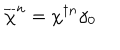
\overline { { { \chi } } } ^ { n } = \chi ^ { \dagger n } \gamma _ { 0 }